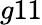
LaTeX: g11